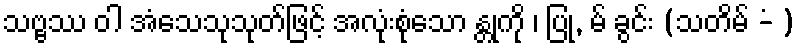
သဗ္ဗဿ ဝါ အံသေသုသုတ်ဖြင့် အလုံးစုံသော န္တုကို ၊ ပြု, မ် ခွင်း (သတိမ် -ံ )